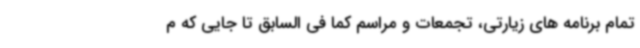
تمام برنامه های زیارتی، تجمعات و مراسم کما فی السابق تا جایی که م